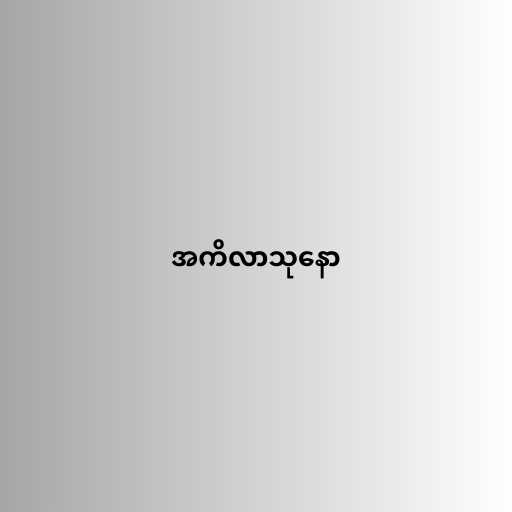
အကိလာသုနော